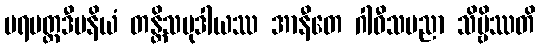
ပရမတ္ထဒီပနိယံ တန္တိသမုဒါယဿ အာနီတေ ဂါဝီသမညာ သိဗ္ဗိဿတိ